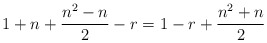
\begin{align*}1+n+\frac{ n^2 -n }{2}-r=1-r+\frac{ n^2+n}{2}\end{align*}